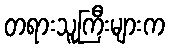
တရားသူကြီးများက